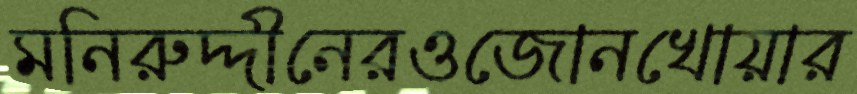
মনিরুদ্দীনেরওজোনখোয়ার